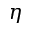
\eta